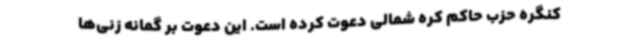
کنگره حزب حاکم کره شمالی دعوت کرده است. این دعوت بر گمانه زنی‌ها